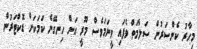
މިހާރު ކެންސަރުން ސަލާމަތް ވެފައި ވީނަމަވެސް މޫރީ އަށް ހިނގޭނެ ކަމަކަށް ޑޮކްޓަރުން